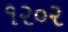
૧૨૦૨